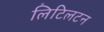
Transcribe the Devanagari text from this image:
लिटिलटन